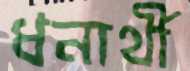
ধনার্থী